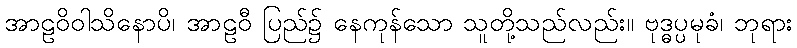
အာဠဝိဝါသိနောပိ၊ အာဠဝီ ပြည်၌ နေကုန်သော သူတို့သည်လည်း။ ဗုဒ္ဓပ္ပမုခံ၊ ဘုရား